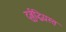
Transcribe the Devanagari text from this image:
दुर्बुद्धिग्रस्त